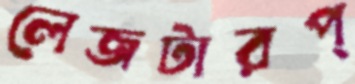
লেজটারপ্